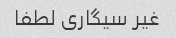
غیر سیگاری لطفا